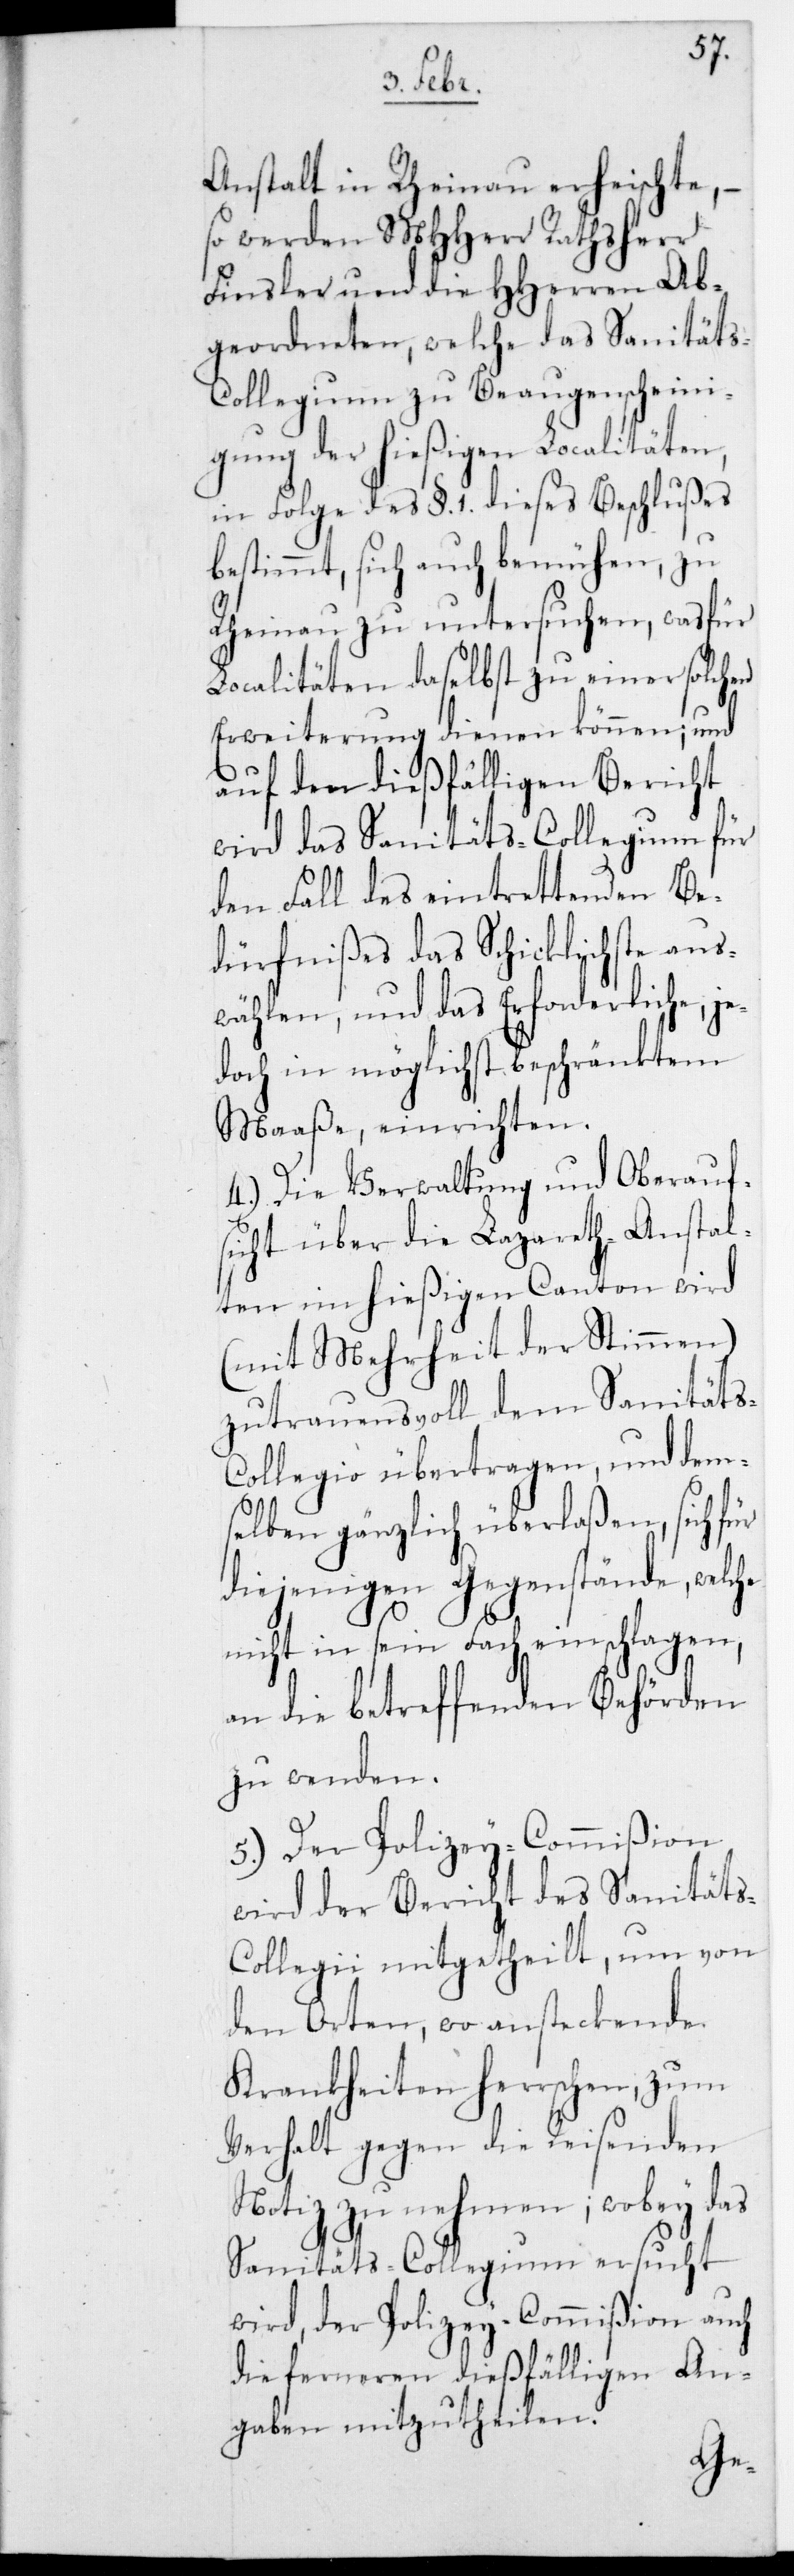
Anstalt in Rheinau erheischte, –
so werden MHHerr Rathsherr
Finsler und die HHerren Ab¬
geordneten, welche das Sanität¬
s-Collegium zu Beaugenscheini¬
gung der hießigen Localitäten,
in Folge des §. 1. dieses Beschlußes
bestimmt, sich auch bemühen, zu
Rheinau zu untersuchen, was für
Localitäten daselbst zu einer solchen
Erweiterung dienen können, und
auf den dießfälligen Bericht
wird das Sanitäts-Collegium für
den Fall des eintrettenden Be¬
dürfnißes das Schicklichste aus¬
wählen, und das Erforderliche, je¬
doch in möglichst beschränktem
Maaße, einrichten.
4.) Die Verwaltung und Oberaufs¬
icht über die Lazareth-Anstal¬
ten im hießigen Canton wird
(mit Mehrheit der Stimmen)
zutrauensvoll dem Sanitäts-C¬
ollegio übertragen, und dem¬
selben gänzlich überlaßen, sich für
diejenigen Gegenstände, welche
nicht in sein Fach einschlagen,
an die betreffenden Behörden
zu wenden.
5.) Der Polizey-Commißion
wird der Bericht des Sanität¬
ollegii mitgetheilt, um von
den Orten, wo ansteckende
Krankheiten herrschen, zum
Verhalt gegen die Reisenden
Notiz zu nehmen; wobey das
Sanitäts-Collegium ersucht
wird, der Polizey-Commißion auch
die ferneren dießfälligen An¬
gaben mitzutheilen.
s-C¬